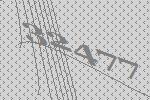
32477